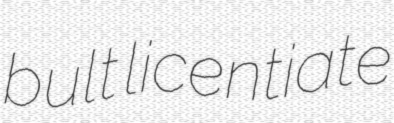
bult licentiate